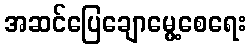
အဆင်ပြေချောမွေ့စေရေး